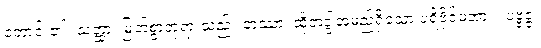
တောင်း၏။ သတ္ထာ၊ မြတ်စွာဘုရားသည်။ တဿာ၊ ထိုဘဒ္ဒါအမည်ရှိသော ပရိဗိုဇ်မအား။ ပဗ္ဗဇ္ဇံ၊